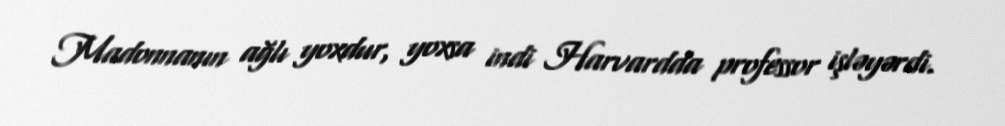
Madonnanın ağlı yoxdur, yoxsa indi Harvardda professor işləyərdi.